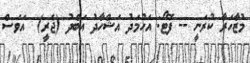
މުޒާހަރާ ކުރަނީ -- ފޮޓޯ: އަހުމަދު އަޝްހާދު އަބްދު (ޖެރީ)  އަވަސް